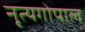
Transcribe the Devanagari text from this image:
नृत्यगोपाल